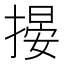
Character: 𢲋